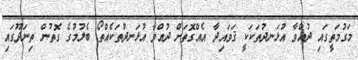
މަގުމަތީގައި ދުއްވާ އުޅަނދުތަކަކީ ޤަވައިދާ އެއްގޮތަށް ދުއްވާ އުޅަނދުތަކެއްތޯ ބެލުމުގެ ގޮތުން ތިނަދޫގައި